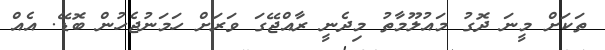
ތަކަށް މީނަ ދޮގު މައުލޫމާތު މިދެނީ ރާއްޖޭގަ ވަރަށް ހަމަނުޖެހުން ބޮޑޭ. އެއް